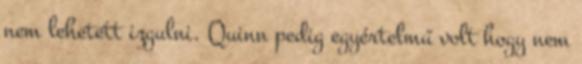
nem lehetett izgulni. Quinn pedig egyértelmű volt hogy nem